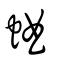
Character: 蛐